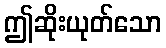
ဤဆိုးယုတ်သော